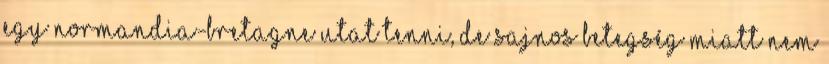
egy Normandia-Bretagne utat tenni, de sajnos betegség miatt nem